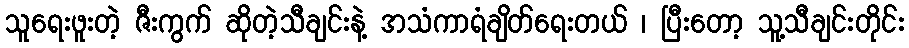
သူရေးဖူးတဲ့ ဇီးကွက် ဆိုတဲ့သီချင်းနဲ့ အသံကာရံချိတ်ရေးတယ် ၊ ပြီးတော့ သူ့သီချင်းတိုင်း